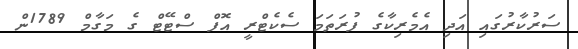
ސަރުކާރުގައި އަދި އެމެރިކާގެ ފުރަތަމަ ސެކެޓްރީ އޮފް ސްޓޭޓް ގެ މަގާމް 1789ން